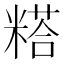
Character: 𰫇